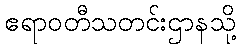
ဧရာဝတီသတင်းဌာနသို့